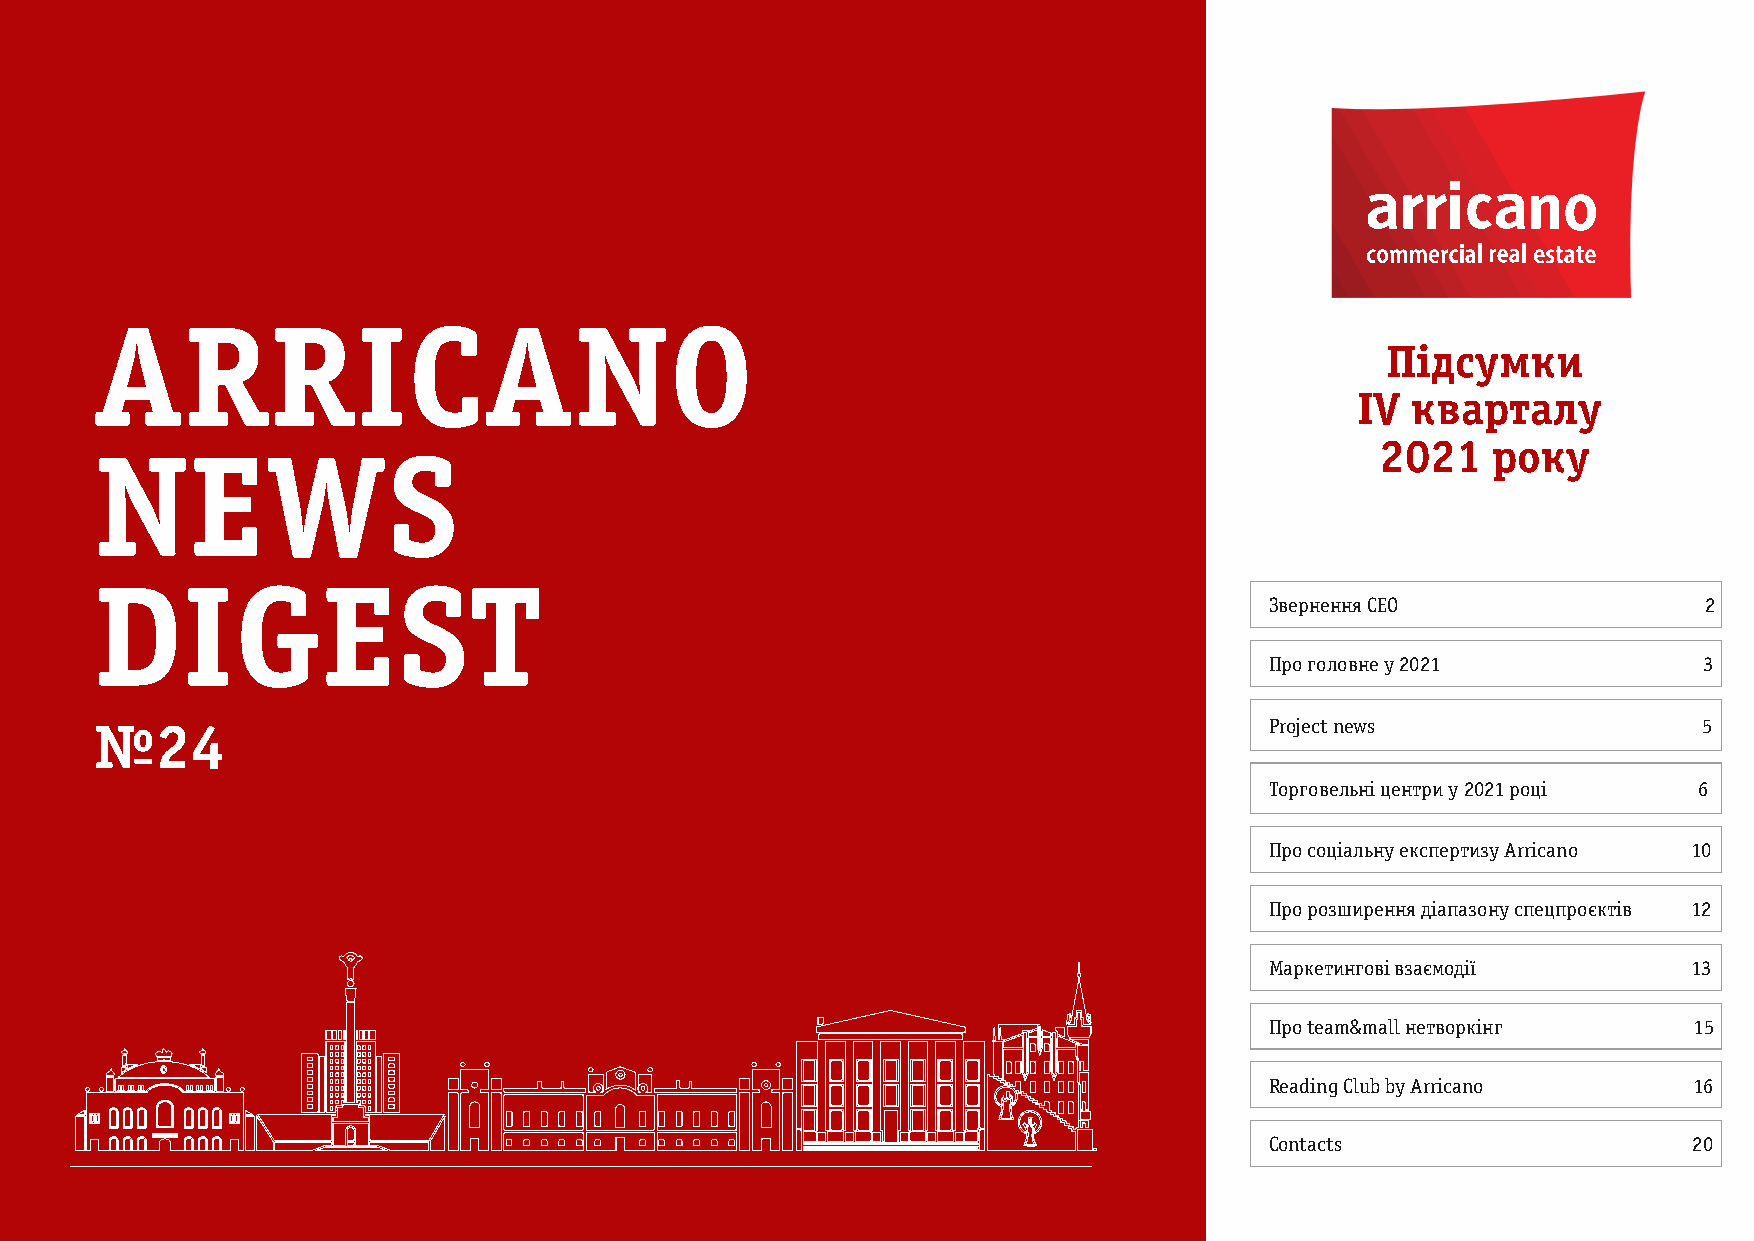
ARRICANO
 Підсумки
 IV кварталу
 2021    року
 NEWS
 DIGEST
 Звернення CEO                2
 Про головне у 2021           3
 №24                                                                           Project news                 5
 Торговельні центри у 2021 році 6
 Про соціальну експертизу Ar r i c a n o 1 0
 Про розширення діапаз о н у с п е ц п р о є к т і в 12
 Маркетингові взаємодії      13
 Про team&mall нетворкінг    15
 Reading Club by Arricano    16
 Contacts                    20